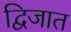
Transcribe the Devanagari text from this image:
द्विजात